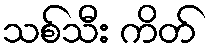
သစ်သီး ကိတ်